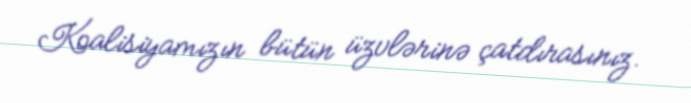
Koalisiyamızın bütün üzvlərinə çatdırasınız.